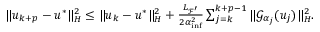
\begin{array} { r } { \| u _ { k + p } - u ^ { * } \| _ { { H } } ^ { 2 } \leq \| u _ { k } - u ^ { * } \| _ { { H } } ^ { 2 } + \frac { { L _ { { \mathcal { F } } ^ { \prime } } } } { 2 { \alpha } _ { \operatorname* { i n f } } ^ { 2 } } \sum _ { j = k } ^ { k + p - 1 } \| { \mathcal { G } } _ { { \alpha } _ { j } } ( u _ { j } ) \| _ { H } ^ { 2 } . } \end{array}